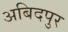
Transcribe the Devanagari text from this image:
अबिदपुर